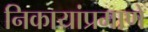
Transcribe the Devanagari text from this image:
निकायांप्रमाणे